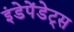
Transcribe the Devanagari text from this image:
इंडेपेंडेट्स